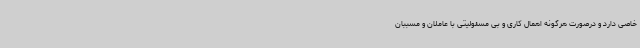
خاصی دارد و درصورت هرگونه اهمال کاری و بی مسئولیتی با عاملان و مسببان